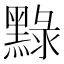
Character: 𪑔